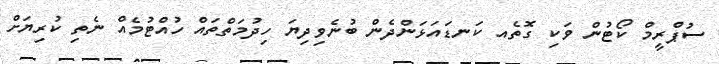
ސުޕްރީމް ކޯޓުން ވަކި ގޮތެއ ކަނޑައަޅަންދެން ބުނެވިދިޔަ ހިދުމަތްތައް ހުއްޓުމެއް ނެތި ކުރިޔަށް